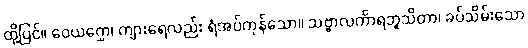
ထို့ပြင်။ ဝေယဂ္ဃော၊ ကျားရေလည်း ရံအပ်ကုန်သော။ သဗ္ဗာလင်္ကာရဘူသိတာ၊ ခပ်သိမ်းသော